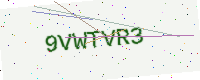
Text: 9VWTVR3